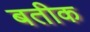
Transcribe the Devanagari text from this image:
बतीक